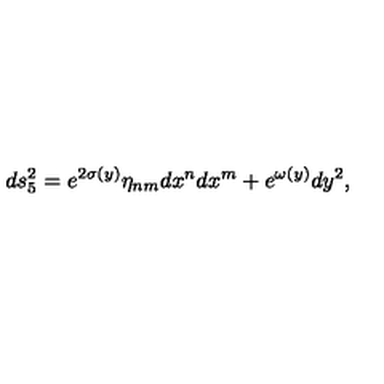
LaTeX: d s _ { 5 } ^ { 2 } = e ^ { 2 \sigma ( y ) } \eta _ { n m } d x ^ { n } d x ^ { m } + e ^ { \omega ( y ) } d y ^ { 2 } ,